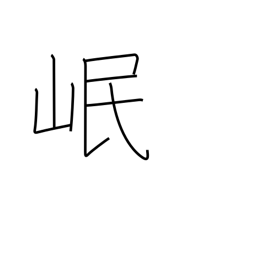
Meaning: name of a Chinese river